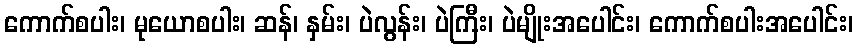
ကောက်စပါး၊ မုယောစပါး၊ ဆန်၊ နှမ်း၊ ပဲလွန်း၊ ပဲကြီး၊ ပဲမျိုးအပေါင်း၊ ကောက်စပါးအပေါင်း၊